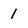
Character: 1